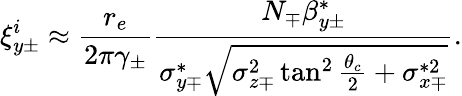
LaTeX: \xi_{y\pm}^{i}\approx\frac{r_{e}}{2\pi\gamma_{\pm}}\frac{N_{\mp}\beta_{y\pm}^{*}}{\sigma_{y\mp}^{*}\sqrt{\sigma_{z\mp}^{2}\tan^{2}\frac{\theta_{c}}{2}+\sigma_{x\mp}^{*2}}}.